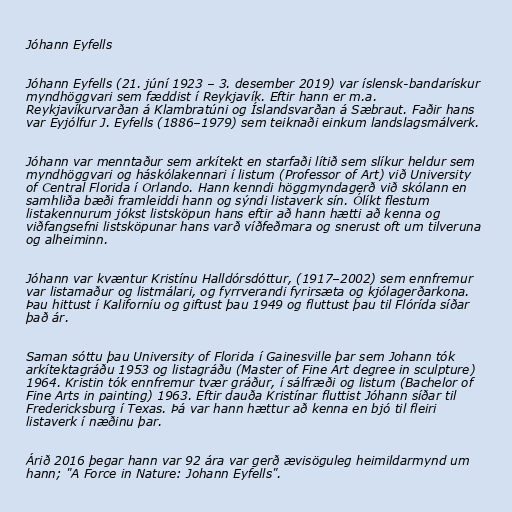
Jóhann Eyfells

Jóhann Eyfells (21. júní 1923 – 3. desember 2019) var íslensk-bandarískur
myndhöggvari sem fæddist í Reykjavík. Eftir hann er m.a.
Reykjavíkurvarðan á Klambratúni og Íslandsvarðan á Sæbraut. Faðir hans
var Eyjólfur J. Eyfells (1886–1979) sem teiknaði einkum landslagsmálverk.

Jóhann var menntaður sem arkítekt en starfaði lítið sem slíkur heldur sem
myndhöggvari og háskólakennari í listum (Professor of Art) við University
of Central Florida í Orlando. Hann kenndi höggmyndagerð við skólann en
samhliða bæði framleiddi hann og sýndi listaverk sín. Ólíkt flestum
listakennurum jókst listsköpun hans eftir að hann hætti að kenna og
viðfangsefni listsköpunar hans varð víðfeðmara og snerust oft um tilveruna
og alheiminn.

Jóhann var kvæntur Kristínu Halldórsdóttur, (1917–2002) sem ennfremur
var listamaður og listmálari, og fyrrverandi fyrirsæta og kjólagerðarkona.
Þau hittust í Kaliforníu og giftust þau 1949 og fluttust þau til Flórída síðar
það ár.

Saman sóttu þau University of Florida í Gainesville þar sem Johann tók
arkítektagráðu 1953 og listagráðu (Master of Fine Art degree in sculpture)
1964. Kristin tók ennfremur tvær gráður, í sálfræði og listum (Bachelor of
Fine Arts in painting) 1963. Eftir dauða Kristínar fluttist Jóhann síðar til
Fredericksburg í Texas. Þá var hann hættur að kenna en bjó til fleiri
listaverk í næðinu þar.

Árið 2016 þegar hann var 92 ára var gerð ævisöguleg heimildarmynd um
hann; "A Force in Nature: Johann Eyfells".